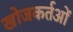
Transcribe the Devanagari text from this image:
खोजकर्तओं